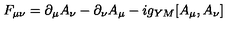
F _ { \mu \nu } = \partial _ { \mu } A _ { \nu } - \partial _ { \nu } A _ { \mu } - i g _ { Y M } [ A _ { \mu } , A _ { \nu } ]